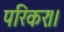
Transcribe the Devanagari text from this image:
परिकरः।।